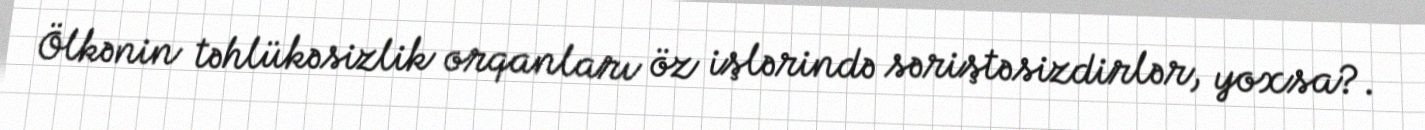
Ölkənin təhlükəsizlik orqanları öz işlərində səriştəsizdirlər, yoxsa?.